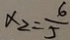
x _ { 2 } = \frac { 6 } { 5 }